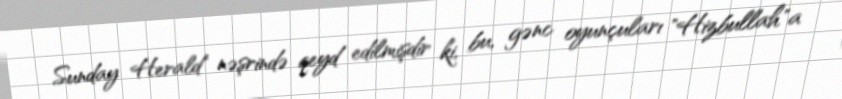
Sunday Herald" nəşrində qeyd edilmişdir ki, bu, gənc oyunçuları "Hizbullah"a